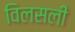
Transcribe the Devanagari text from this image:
विलसली